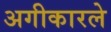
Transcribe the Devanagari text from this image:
अगीकारले